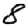
Digit: 8